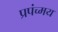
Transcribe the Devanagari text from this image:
प्रपंच्मय